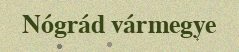
Nógrád vármegye